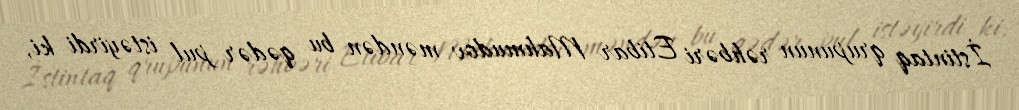
İstintaq qrupunun rəhbəri Etibar Mahmudov məndən bu qədər pul istəyirdi ki,